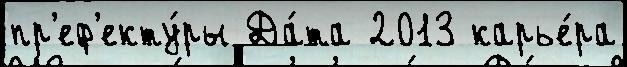
пр'еф'екту́ры Да́та 2013 карье́ра